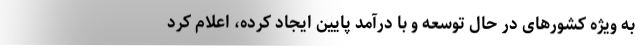
به ویژه کشورهای در حال توسعه و با درآمد پایین ایجاد کرده، اعلام کرد